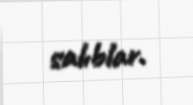
salıblar.